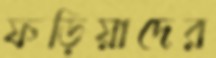
ফড়িয়াদের